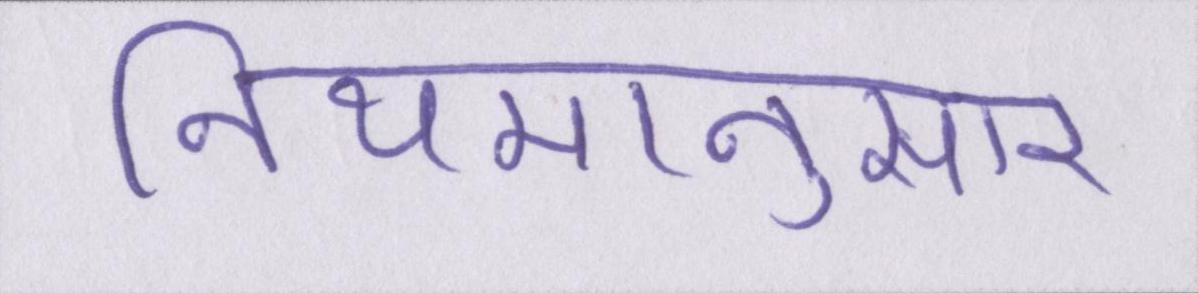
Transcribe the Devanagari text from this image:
नियमानुसार